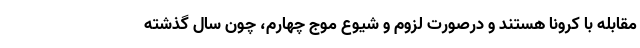
مقابله با کرونا هستند و درصورت لزوم و شیوع موج چهارم، چون سال گذشته